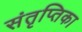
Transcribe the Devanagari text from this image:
संतृप्तिका